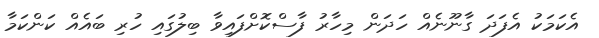
އެކަމަކު އެފަދަ ގާނޫނެއް ހަދަން މިހާރު ފާސްކޮށްފައިވާ ބިލުގައި ހުރި ބައެއް ކަންކަމާ